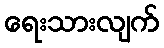
ရေးသားလျက်